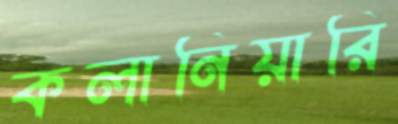
কলানিয়ারি